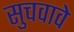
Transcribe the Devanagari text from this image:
सुचवावे